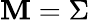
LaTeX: \mathbf{M}=\Sigma